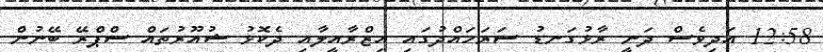
12:58 އަދިވެސް ދަނީ ރާޅުގަނޑު ސަރަހައްދުގައި އިޒްރާއީލާއި ދެކޮޅު ޝުއޫރުތައް ސްޕްރޭ ބޭނުން